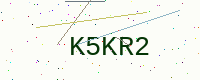
Text: K5KR2